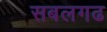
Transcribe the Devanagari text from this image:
सबलगढ